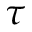
\tau